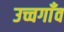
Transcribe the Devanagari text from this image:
उच्चगाँव